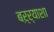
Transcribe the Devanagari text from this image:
बऱ्र्‍याशा